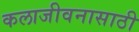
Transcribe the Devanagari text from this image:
कलाजीवनासाठी